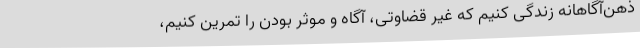
ذهن‌آگاهانه زندگی کنیم که غیر قضاوتی، آگاه و موثر بودن را تمرین کنیم،